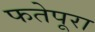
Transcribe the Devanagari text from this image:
फतेपूरा